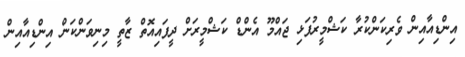
އިންޑިއާއިން ވެރިކަންކުރާ ކަޝްމީރުފަޅި ޖައްމޫ އެންޑް ކަޝްމީރަށް ދީފައިއޮތް ޒާތީ މިނިވަންކަން އިންޑިއާއިން